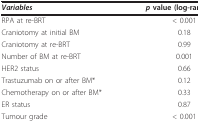
<table><thead><tr><td><b><i>Variables</i></b></td><td><b><i>p </i>value (log-rank test)</b></td></tr></thead><tbody><tr><td>RPA at re-BRT</td><td>&lt; 0.001</td></tr><tr><td>Craniotomy at initial BM</td><td>0.18</td></tr><tr><td>Craniotomy at re-BRT</td><td>0.99</td></tr><tr><td>Number of BM at re-BRT</td><td>0.001</td></tr><tr><td>HER2 status</td><td>0.66</td></tr><tr><td>Trastuzumab on or after BM*</td><td>0.12</td></tr><tr><td>Chemotherapy on or after BM*</td><td>0.33</td></tr><tr><td>ER status</td><td>0.87</td></tr><tr><td>Tumour grade</td><td>&lt; 0.001</td></tr></tbody></table>